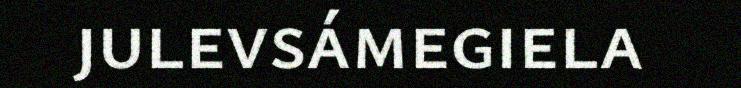
julevsámegiela